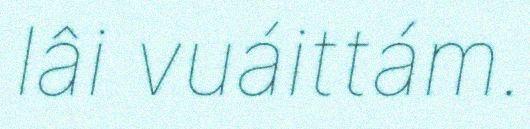
lâi vuáittám.